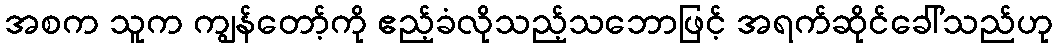
အစက သူက ကျွန်တော့်ကို ဧည့်ခံလိုသည့်သဘောဖြင့် အရက်ဆိုင်ခေါ်သည်ဟု